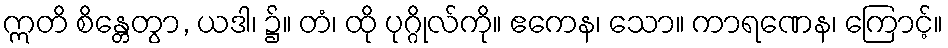
ဣတိ စိန္တေတွာ, ယဒါ၊ ၌။ တံ၊ ထို ပုဂ္ဂိုလ်ကို။ ဧကေန၊ သော။ ကာရဏေန၊ ကြောင့်။